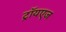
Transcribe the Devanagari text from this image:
ट्रॉयएज